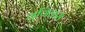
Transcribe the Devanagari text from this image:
गुणिकंस